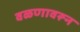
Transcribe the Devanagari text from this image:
वळणावरून